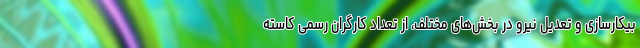
بیکارسازی و تعدیل نیرو در بخش‌های مختلف، از تعداد کارگران رسمی کاسته